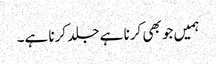
ہمیں جو بھی کرنا ہے جلد کرنا ہے۔